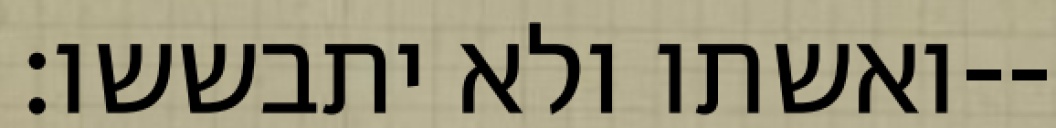
ואשתו ולא יתבששו׃--